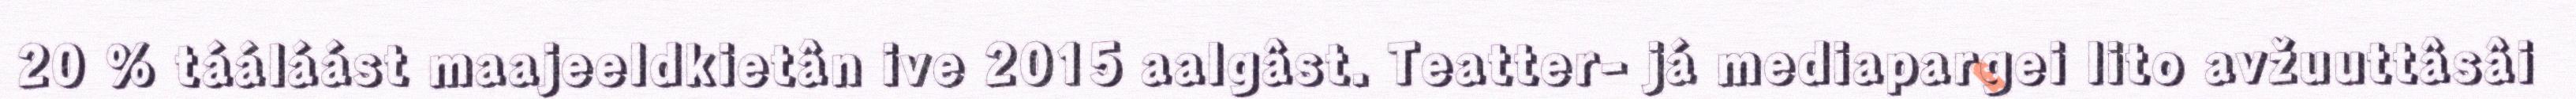
20 % tááláást maajeeldkietân ive 2015 aalgâst. Teatter- já mediapargei lito avžuuttâsâi